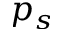
p _ { s }